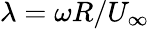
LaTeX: \lambda=\omega R/U_{\infty}